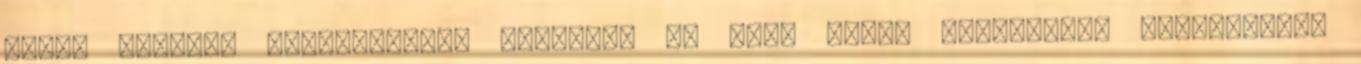
egyéb rejtett költségektől mentesek és Sima egész területére érvényesek.